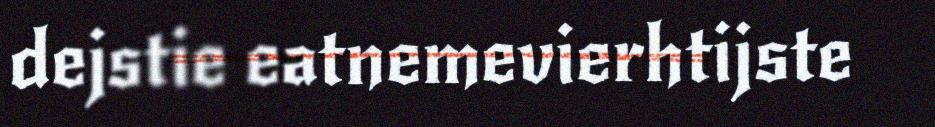
dejstie eatnemevierhtijste